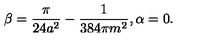
\beta = \frac { \pi } { 2 4 a ^ { 2 } } - \frac { 1 } { 3 8 4 \pi m ^ { 2 } } , \alpha = 0 .